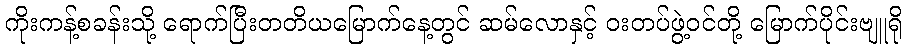
ကိုးကန့်စခန်းသို့ ရောက်ပြီးတတိယမြောက်နေ့တွင် ဆမ်လောနှင့် ဝးတပ်ဖွဲ့ဝင်တို့ မြောက်ပိုင်းဗျူရို